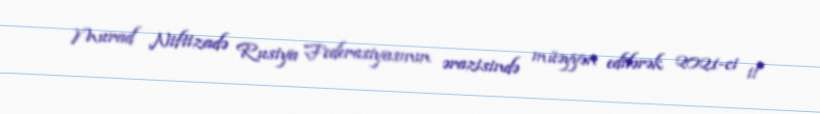
Murad Niftizadə Rusiya Federasiyasının ərazisində müəyyən edilərək 2021-ci il